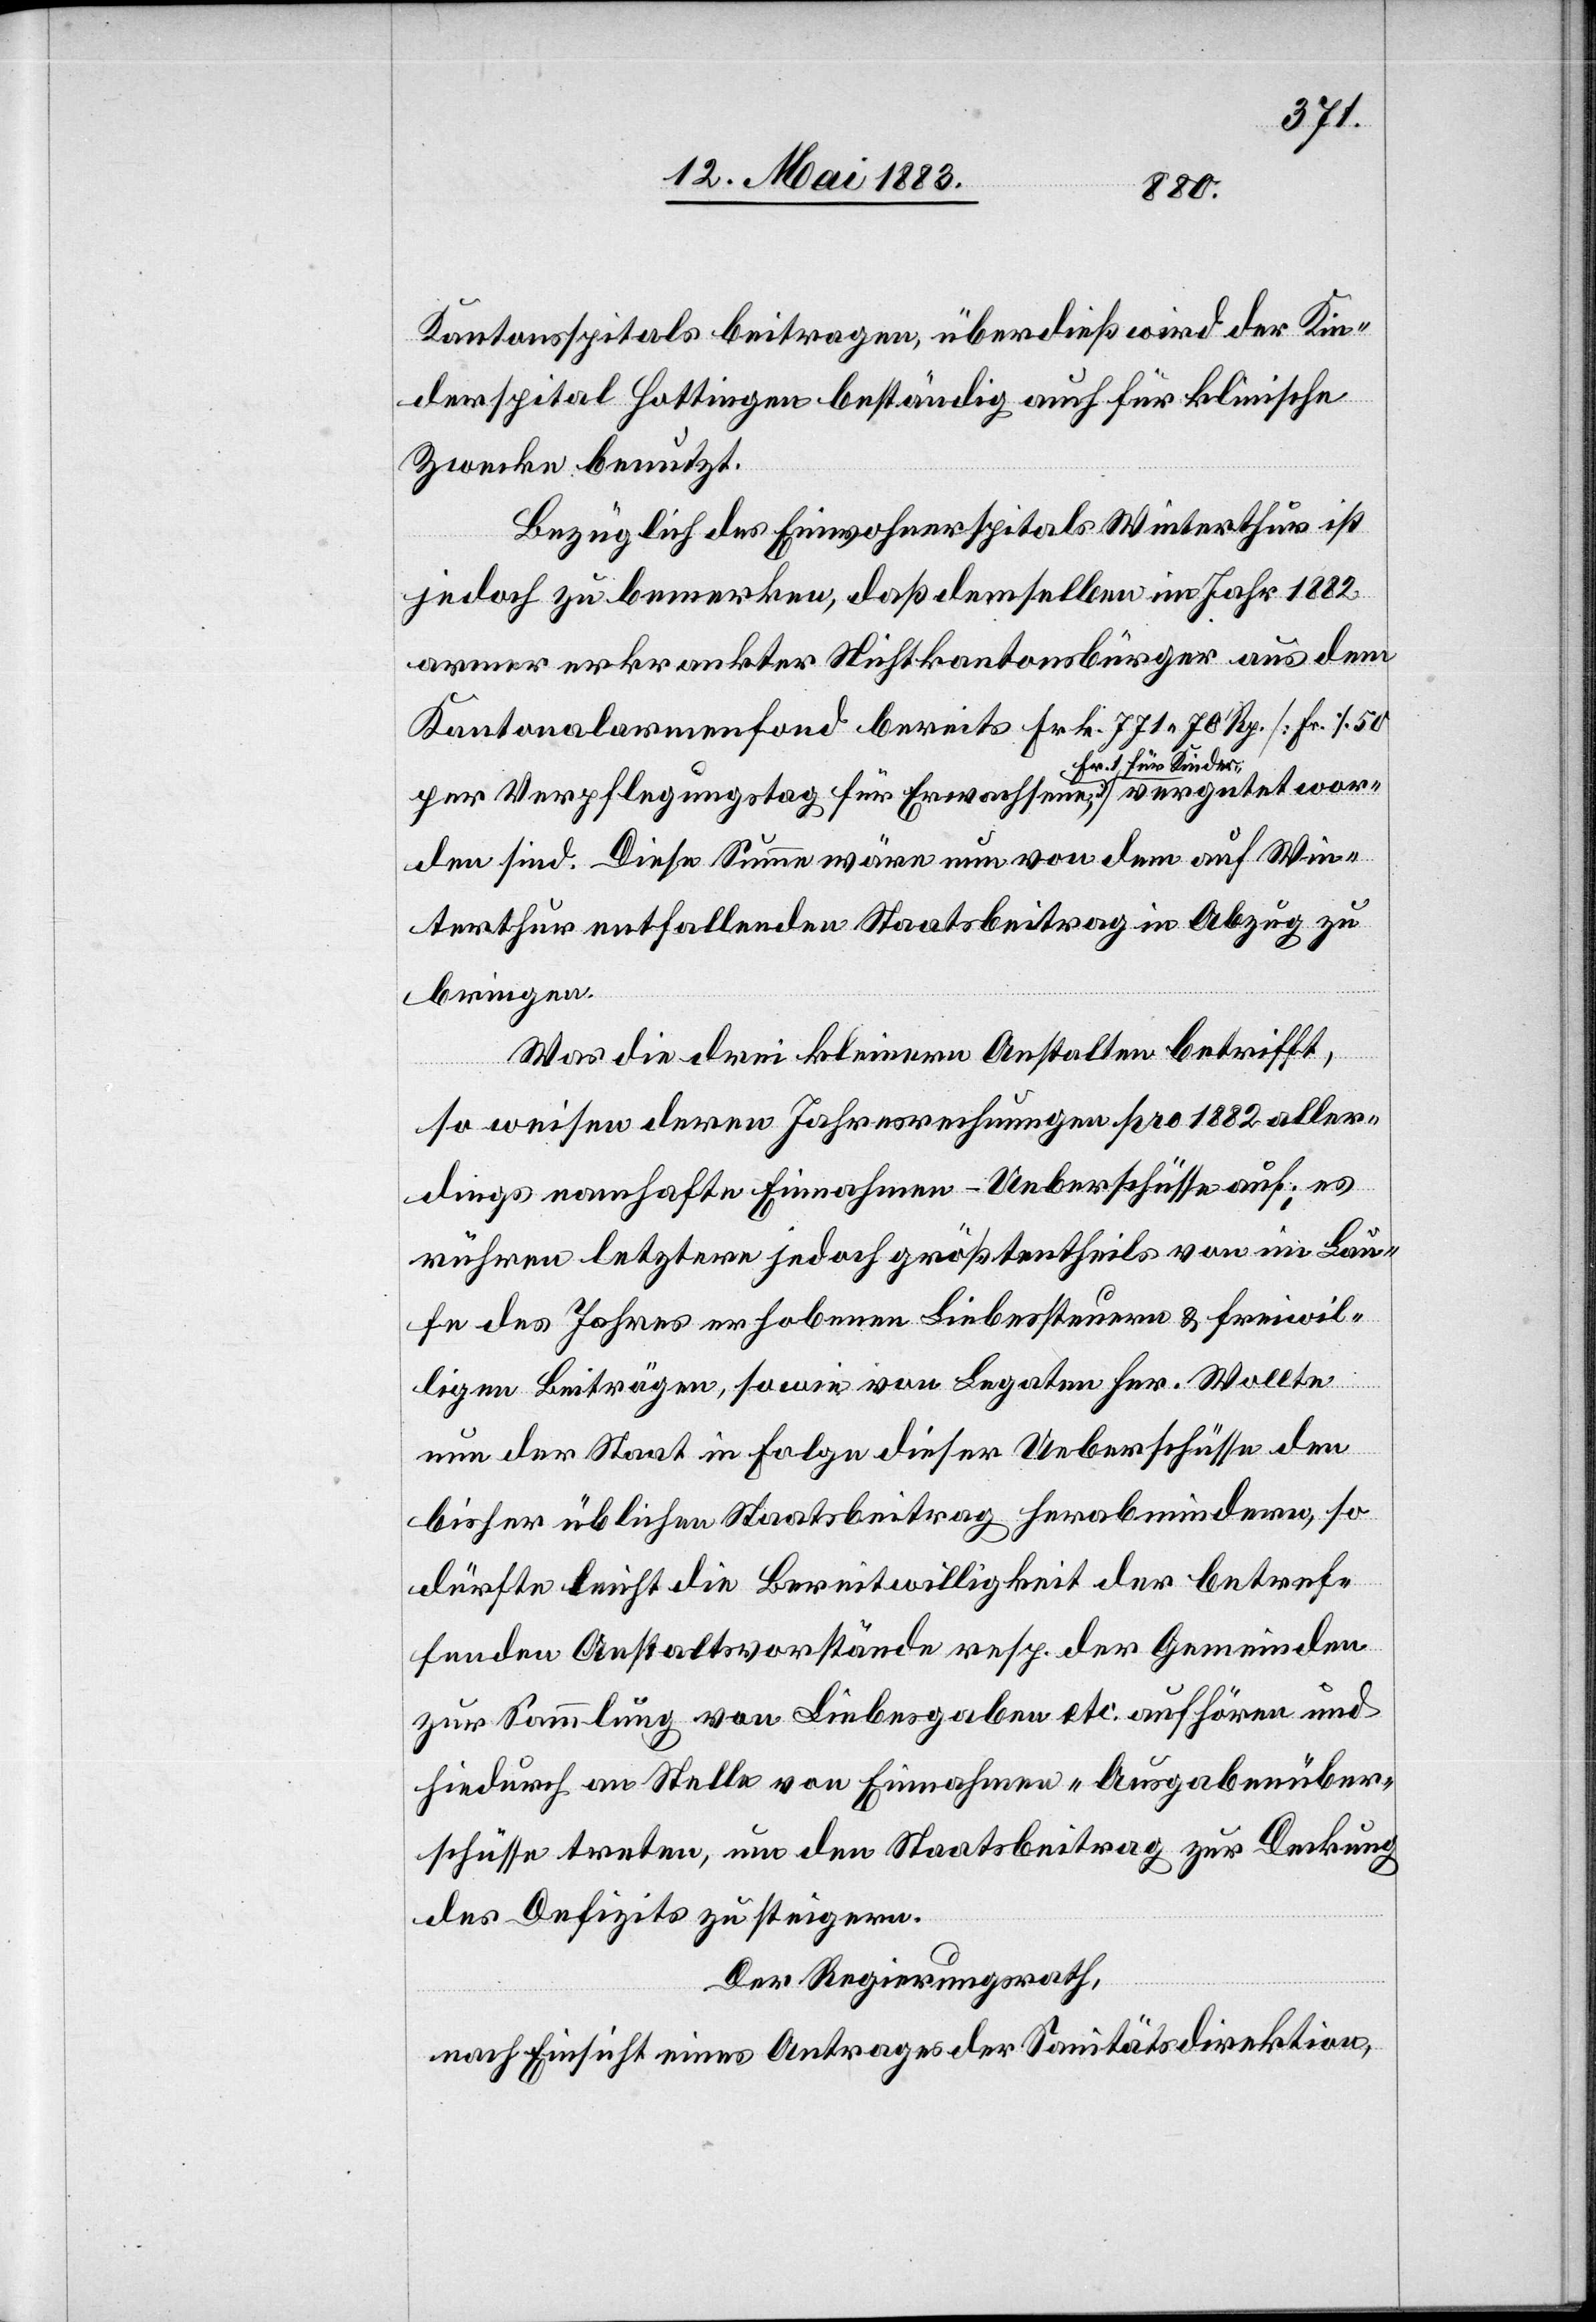
Kantonsspitals beitragen, überdieß wird der Kin¬
derspital Hottingen beständig auch für klinische
Zwecke benutzt.
Bezüglich des Einwohnerspitals Winterthur ist
jedoch zu bemerken, daß demselben im Jahr 1882
armer erkrankter Nichtkantonsbürger aus dem
Kantonalarmenfond bereits Frk. 771 70 Rp. [Fr. 1.50
per Verpflegungstag für Erwachsene; Fr. 1 für
worden sind. Diese Summe wäre nun von dem auf Win¬
terthur entfallenden Staatsbeitrag in Abzug zu
bringen.
Was die drei kleineren Anstalten betrifft,
so weisen deren Jahresrechnungen pro 1882 aller¬
dings namhafte Einnahmen-Ueberschüsse auf; es
rühren letztere jedoch größtentheils von im Lau¬
fe des Jahres erhobene Liebessteuern & freiwil¬
ligen Beiträgen, sowie von Legaten her. Wollte
nun der Staat in Folge dieser Ueberschüsse den
bisher üblichen Staatsbeitrag herabmindern, so
dürfte leicht die Bereitwilligkeit der betref¬
fenden Anstaltsvorstände resp. der Gemeinden
zur Sammlung von Liebesgaben etc. aufhören und
hiedurch an Stelle von Einnahmen-Ausgabenüber¬
schüsse treten, um den Staatsbeitrag zur Deckung
des Defizits zu steigern.
Der Regierungsrath,
nach Einsicht eines Antrages der Sanitätsdirektion,